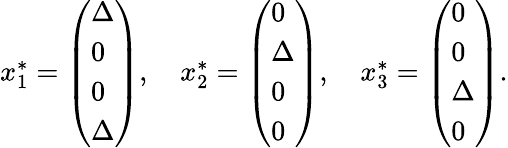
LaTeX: \begin{array}{r}{x_{1}^{*}=\left(\begin{array}{l}{\Delta}\\ {0}\\ {0}\\ {\Delta}\end{array}\right),\quad x_{2}^{*}=\left(\begin{array}{l}{0}\\ {\Delta}\\ {0}\\ {0}\end{array}\right),\quad x_{3}^{*}=\left(\begin{array}{l}{0}\\ {0}\\ {\Delta}\\ {0}\end{array}\right).}\end{array}